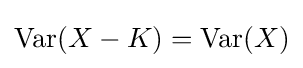
\operatorname {Var} (X-K)=\operatorname {Var} (X)